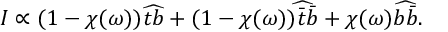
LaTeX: { \cal I } \propto ( 1 - \chi ( \omega ) ) \widehat { t b } + ( 1 - \chi ( \omega ) ) \widehat { \bar { t } \bar { b } } + \chi ( \omega ) \widehat { b \bar { b } } .